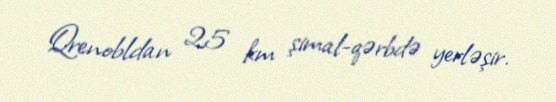
Qrenobldan 25 km şimal-qərbdə yerləşir.